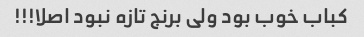
کباب خوب بود ولی برنج تازه نبود اصلا!!!